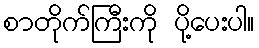
စာတိုက်ကြီးကို ပို့ပေးပါ။